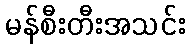
မန်စီးတီးအသင်း